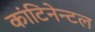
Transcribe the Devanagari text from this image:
कांटिनेन्टल